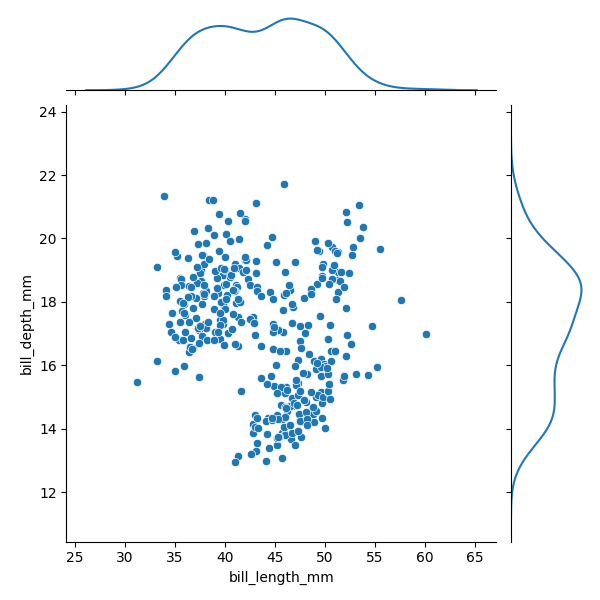
python, seaborn, JointGrid, scatterplot, kdeplot